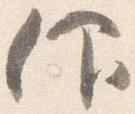
仰